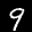
Label: 9